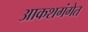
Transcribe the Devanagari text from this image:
आकशगंगेत